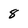
Character: 8